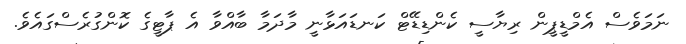
ނަމަވެސް އެމްޑީޕީން ރިޔާސީ ކެންޑިޑޭޓް ކަނޑައަޅާނީ މާދަމާ ބާއްވާ އެ ޕާޓީގެ ކޮންގުރެސްގައެވެ.